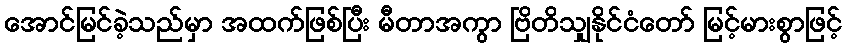
အောင်မြင်ခဲ့သည်မှာ အထက်ဖြစ်ပြီး မီတာအကွာ ဗြိတိသျှနိုင်ငံတော် မြင့်မားစွာဖြင့်